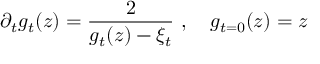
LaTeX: \partial _ { t } g _ { t } ( z ) = \frac { 2 } { g _ { t } ( z ) - \xi _ { t } } \ , \quad g _ { t = 0 } ( z ) = z